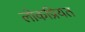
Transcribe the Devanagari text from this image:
लोकप्रियत